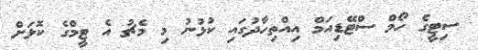
ސިޓީގެ ހޯމް ސްޓޭޑިއަމް އިއްތިހާދުގައި ކުޅުނު މި މެޗު އެ ޓީމްގެ ކޮޅަށް